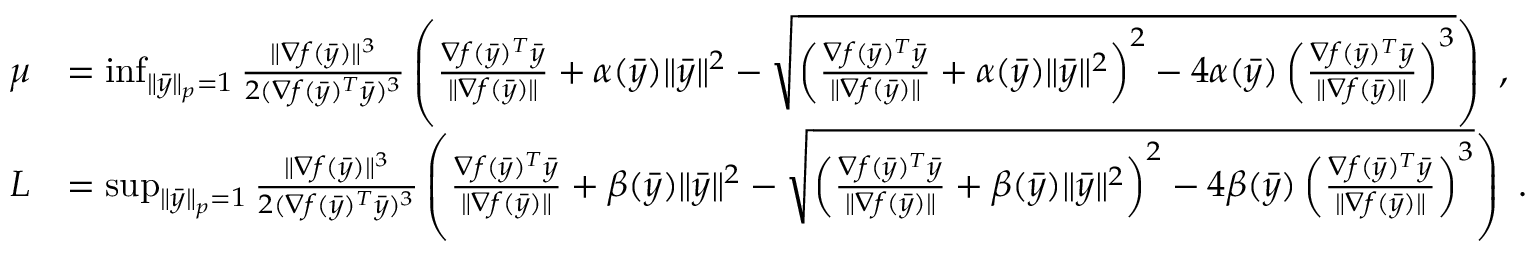
\begin{array} { r l } { \mu } & { = \operatorname* { i n f } _ { \| \bar { y } \| _ { p } = 1 } \frac { \| \nabla f ( \bar { y } ) \| ^ { 3 } } { 2 ( \nabla f ( \bar { y } ) ^ { T } \bar { y } ) ^ { 3 } } \left( \frac { \nabla f ( \bar { y } ) ^ { T } \bar { y } } { \| \nabla f ( \bar { y } ) \| } + \alpha ( \bar { y } ) \| \bar { y } \| ^ { 2 } - \sqrt { \left( \frac { \nabla f ( \bar { y } ) ^ { T } \bar { y } } { \| \nabla f ( \bar { y } ) \| } + \alpha ( \bar { y } ) \| \bar { y } \| ^ { 2 } \right) ^ { 2 } - 4 \alpha ( \bar { y } ) \left( \frac { \nabla f ( \bar { y } ) ^ { T } \bar { y } } { \| \nabla f ( \bar { y } ) \| } \right) ^ { 3 } } \right) \ , } \\ { L } & { = \operatorname* { s u p } _ { \| \bar { y } \| _ { p } = 1 } \frac { \| \nabla f ( \bar { y } ) \| ^ { 3 } } { 2 ( \nabla f ( \bar { y } ) ^ { T } \bar { y } ) ^ { 3 } } \left( \frac { \nabla f ( \bar { y } ) ^ { T } \bar { y } } { \| \nabla f ( \bar { y } ) \| } + \beta ( \bar { y } ) \| \bar { y } \| ^ { 2 } - \sqrt { \left( \frac { \nabla f ( \bar { y } ) ^ { T } \bar { y } } { \| \nabla f ( \bar { y } ) \| } + \beta ( \bar { y } ) \| \bar { y } \| ^ { 2 } \right) ^ { 2 } - 4 \beta ( \bar { y } ) \left( \frac { \nabla f ( \bar { y } ) ^ { T } \bar { y } } { \| \nabla f ( \bar { y } ) \| } \right) ^ { 3 } } \right) \ . } \end{array}